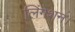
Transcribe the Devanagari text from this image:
लिंगेशन।